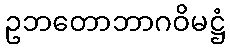
ဥဘတောဘာဂဝိမဋ္ဌံ